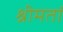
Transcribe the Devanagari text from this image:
श्रीमतां